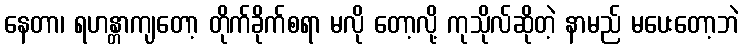
နေတာ၊ ရဟန္တာကျတော့ တိုက်ခိုက်စရာ မလို တော့လို့ ကုသိုလ်ဆိုတဲ့ နာမည် မပေးတော့ဘဲ